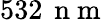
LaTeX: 532\, \mathrm{~n~m~}